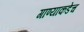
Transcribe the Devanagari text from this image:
गाण्याकडेच